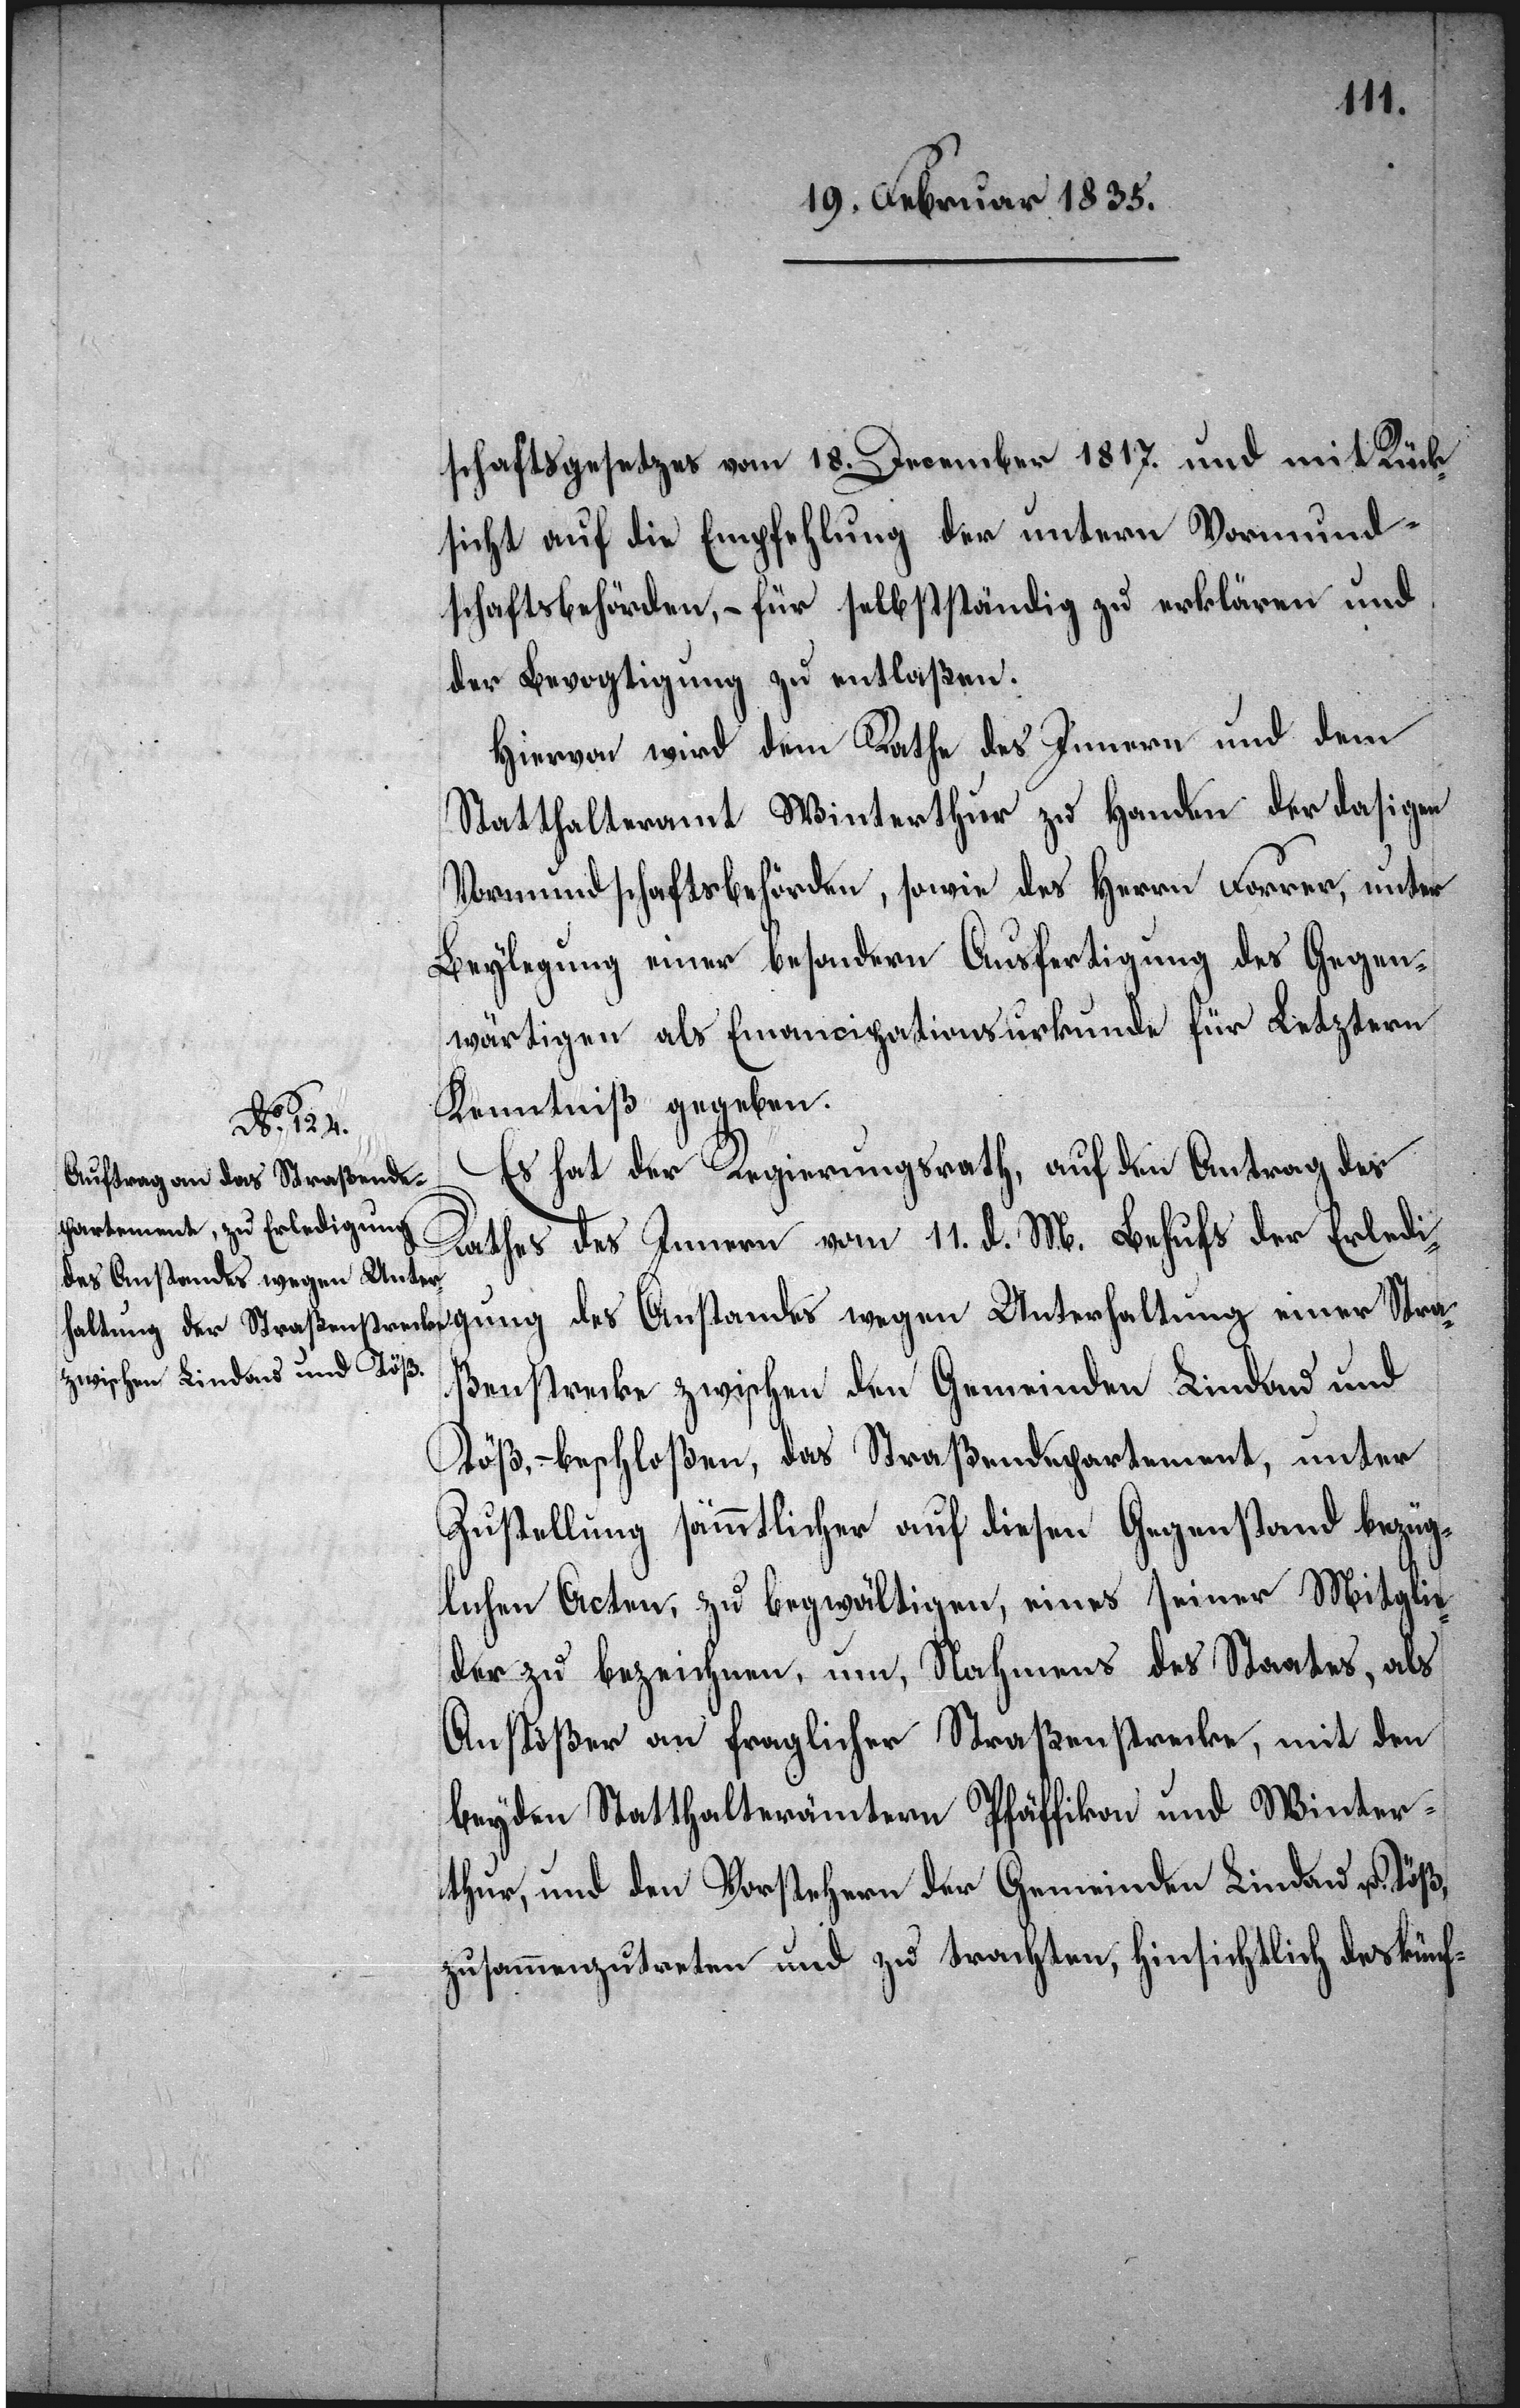
schaftsgesetzes vom 18. December 1817. und mit Rück¬
sicht auf die Empfehlung der untern Vormund¬
schaftsbehörden, – für selbständig zu erklären und
der Bevogtigung zu entlaßen.
Hiervon wird dem Rathe des Innern und dem
Statthalteramt Winterthur zu Handen der dasigen
Vormundschaftsbehörde, sowie des Herrn Forrer, unter
Beylegung einer besondern Ausfertigung des Gegen¬
wärtigen als Emancipationsurkunde für Letztern
Kenntniß gegeben.
einer Stra¬
Es hat der Regierungsrath, auf den Antrag des
Rathes des Innern vom 11. d. M. Behufs der Erledigung
des Anstandes wegen Unter¬
ßenstrecke zwischen den Gemeinden Lindau und
Töß, – beschloßen, das Straßendepartement, unter
Zustellung sämmtlicher auf diesen Gegenstand bezüg¬
lichen Acten, zu begwältigen, eines seiner Mitglie¬
der zu bezeichnen, um Nahmens des Staates, als
Anstößer von fraglicher Straßenstrecke, mit den
beyden Statthalterämtern Pfäffikon und Winter¬
thur, und den Vorstehern der Gemeinden Lindau u. Töß,
zusammenzutreten und zu trachten, hinsichtlich des künf-